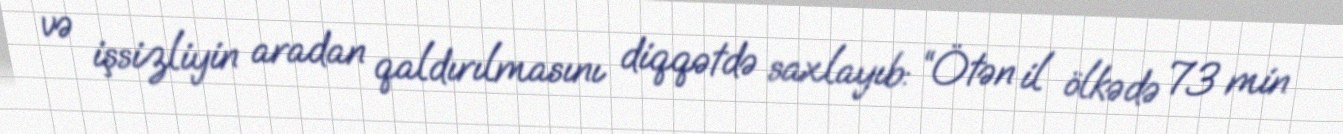
və işsizliyin aradan qaldırılmasını diqqətdə saxlayıb: “Ötən il ölkədə 73 min